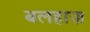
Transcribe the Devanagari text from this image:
बलहाज़